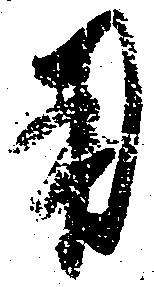
用